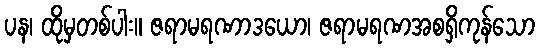
ပန၊ ထိုမှတစ်ပါး။ ဇရာမရဏာဒယော၊ ဇရာမရဏအစရှိကုန်သော